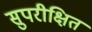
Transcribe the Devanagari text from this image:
सुपरीक्षित